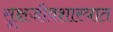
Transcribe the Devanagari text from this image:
सूक्षजीवशास्त्रात